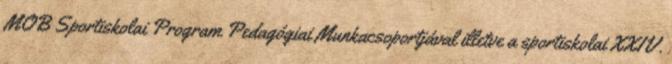
MOB Sportiskolai Program Pedagógiai Munkacsoportjával illetve a sportiskolai XXIV.